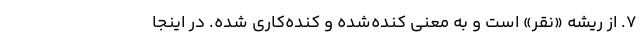
۷. از ریشه «نَقر» است و به معنی کَنده‌شده و کنده‌کاری شده. در اینجا